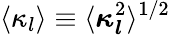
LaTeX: \langle\kappa_{l}\rangle\equiv\langle\boldsymbol{\kappa_{l}}^{2}\rangle^{1/2}